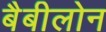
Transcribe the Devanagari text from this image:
बैबीलोन